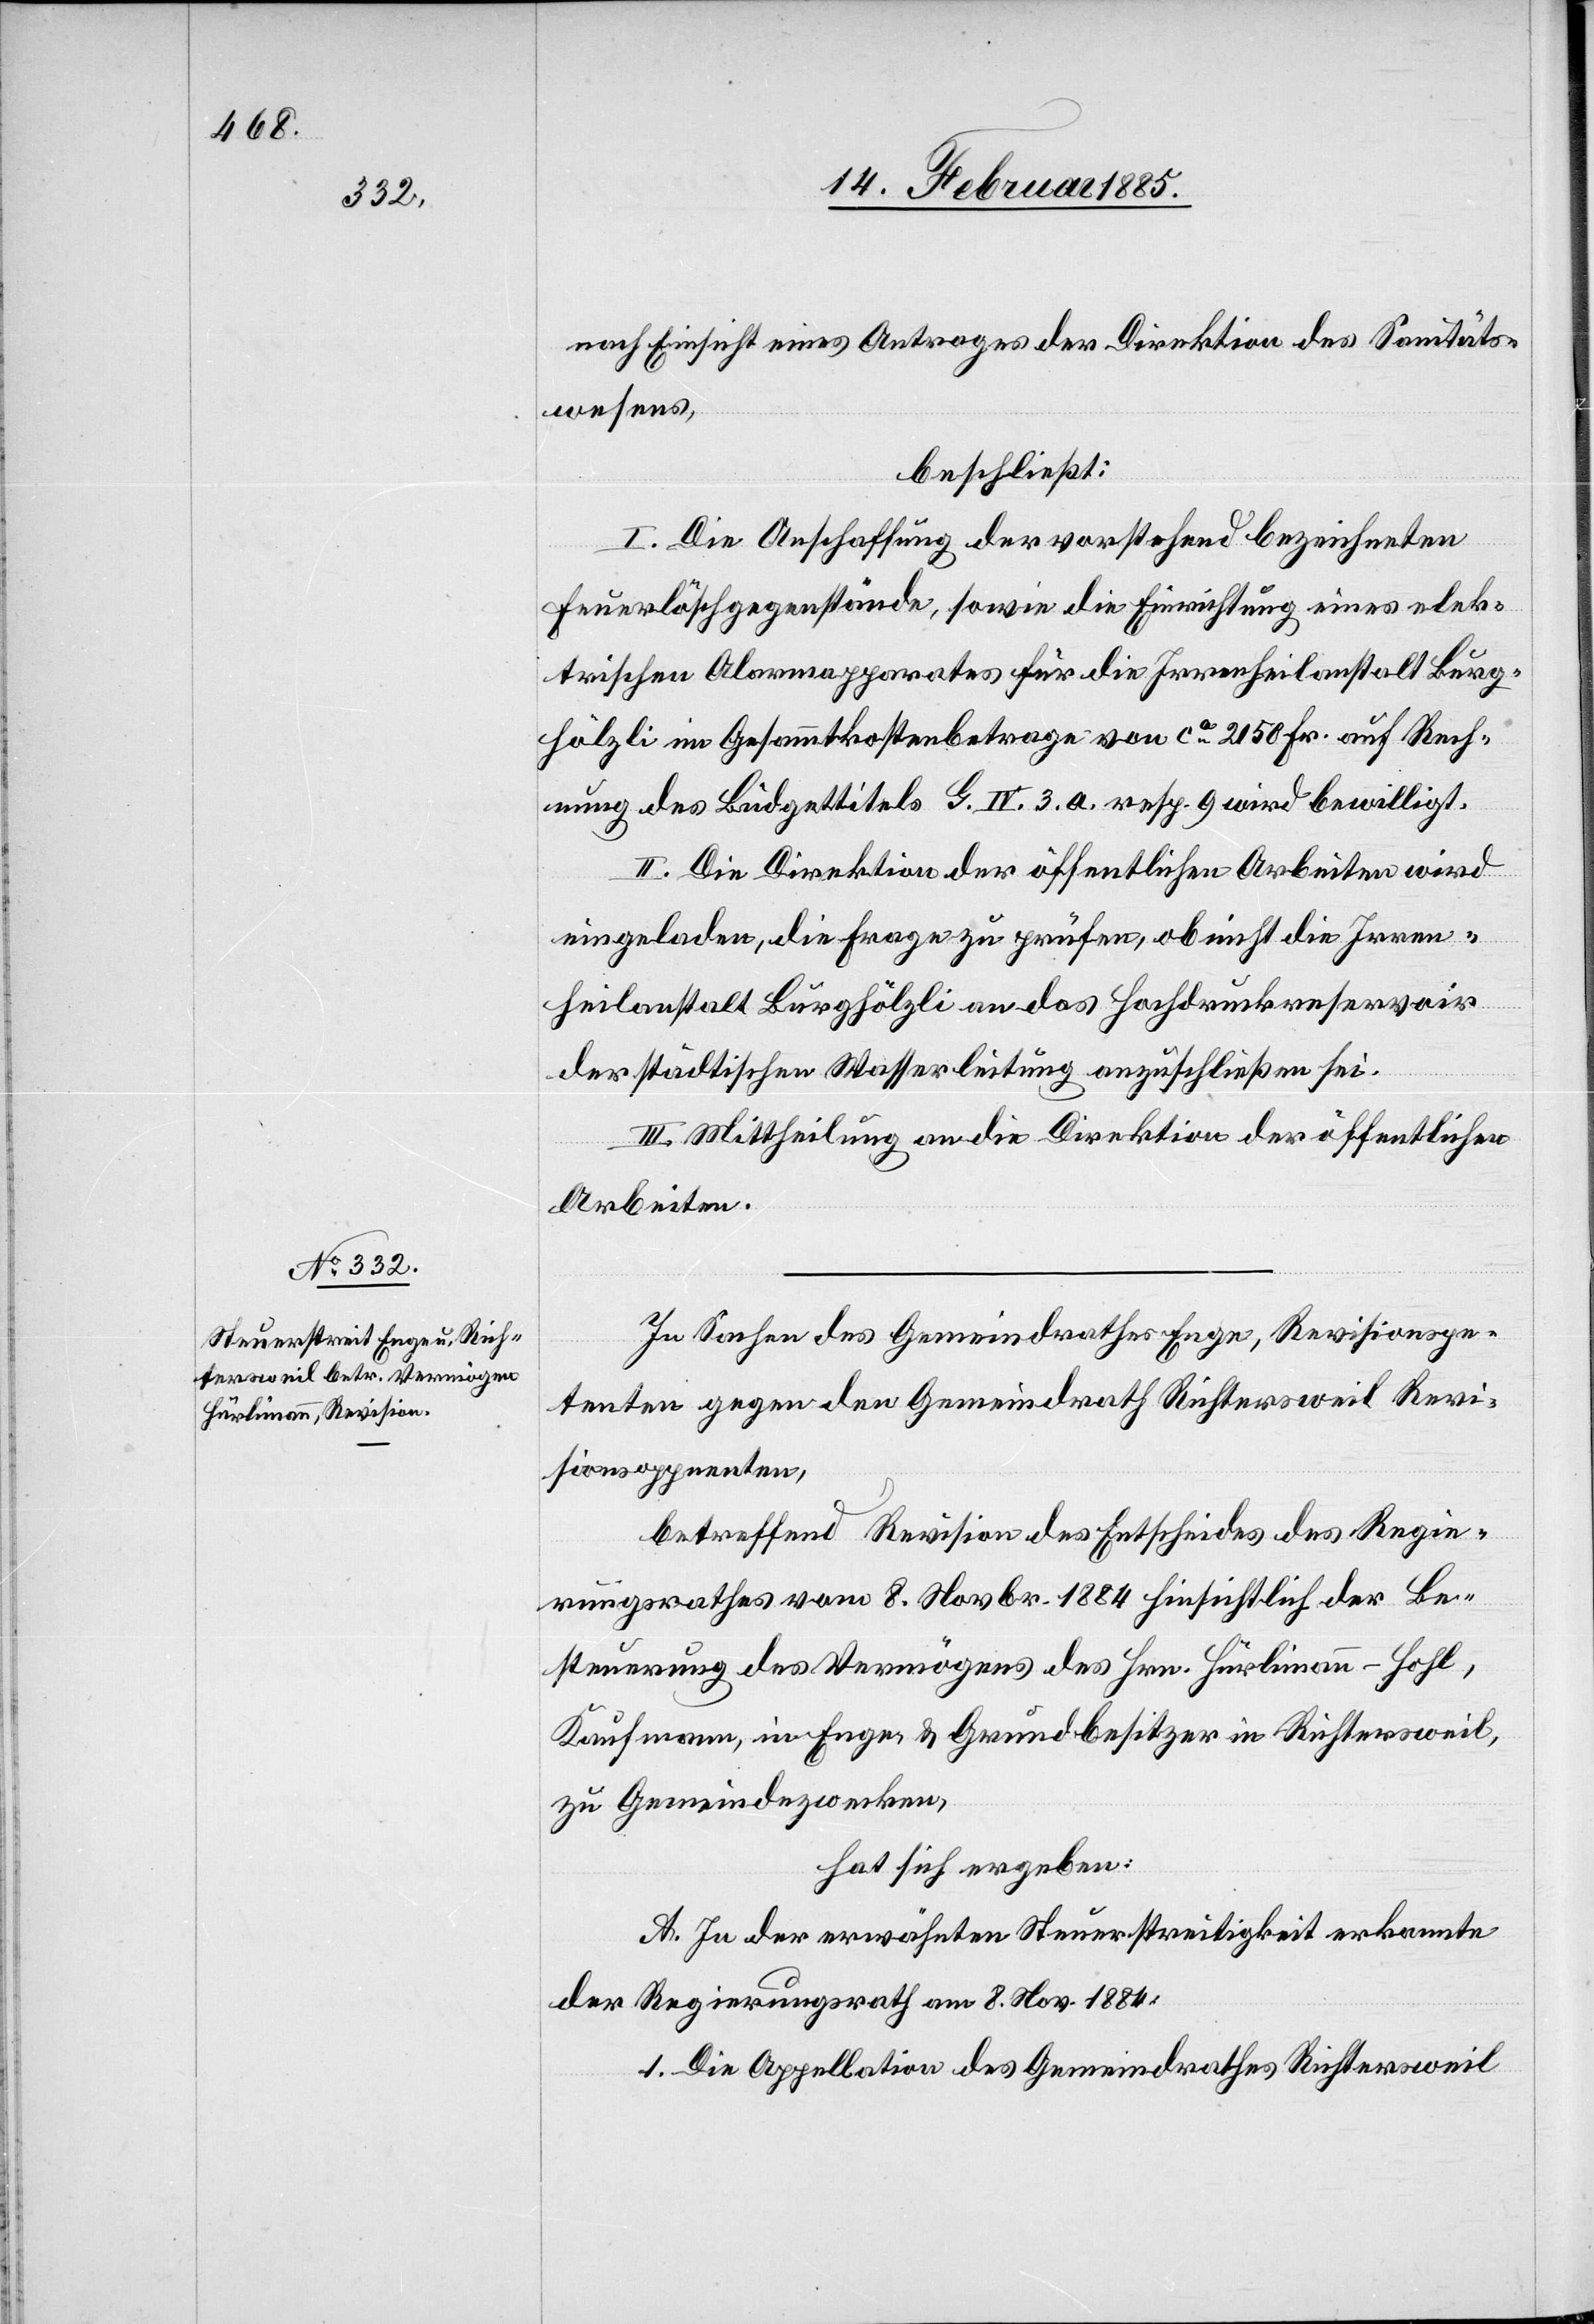
nach Einsicht eines Antrages der Direktion des Sanitäts¬
wesens,
beschließt:
I. Die Anschaffung der vorstehend bezeichneten
Feuerlöschgegenstände, sowie die eines elektrischen Alarmapparates
Burghölzli im Gesammtkostenbetrage von ca 2150 Fr. auf Rech¬
nung des Büdgettitels H. IV. 3. a. resp. 9 wird bewilligt.
II. Die Direktion der öffentlichen Arbeiten wird
eingeladen, die Frage zu prüfen, ob nicht die Irren¬
heilanstalt Burghölzli an das Hochdruckreservoir
der städtischen Wasserleitung anzuschließen sei.
III. Mittheilung an die Direktion der öffentlichen
Arbeiten.